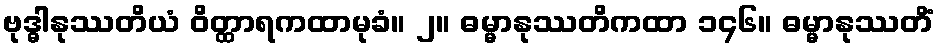
ဗုဒ္ဓါနုဿတိယံ ဝိတ္ထာရကထာမုခံ။ ၂။ ဓမ္မာနုဿတိကထာ ၁၄၆။ ဓမ္မာနုဿတိံ